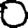
Digit: 0